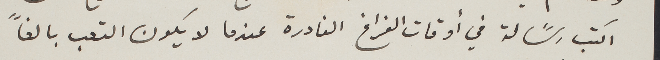
اكتب رسًالة في أوقات الفراغ النادرة عندما لا يكون التعب بالغاً